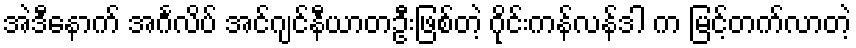
အဲဒီနောက် အင်္ဂလိပ် အင်ဂျင်နီယာတဦးဖြစ်တဲ့ ဂိုင်းကန်လန်ဒါ က မြင့်တက်လာတဲ့